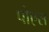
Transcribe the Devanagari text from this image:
पोएस